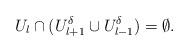
LaTeX: \begin{align*} U_{l} \cap (U_{l+1}^{\delta} \cup U_{l-1}^\delta)=\emptyset. \end{align*}